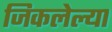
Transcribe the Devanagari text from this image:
जिकलेल्या